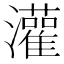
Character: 灌